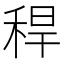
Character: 稈